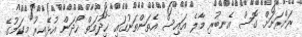
ރަށްރަށަށް ގޮސް އެނބުރި މާލެ އައިސް އެތަންތަނުގައި ޚިދުމަތް ހޯދަން އުޅޭއިރު މިކަމުގެ